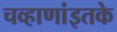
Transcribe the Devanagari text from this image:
चव्हाणांइतके